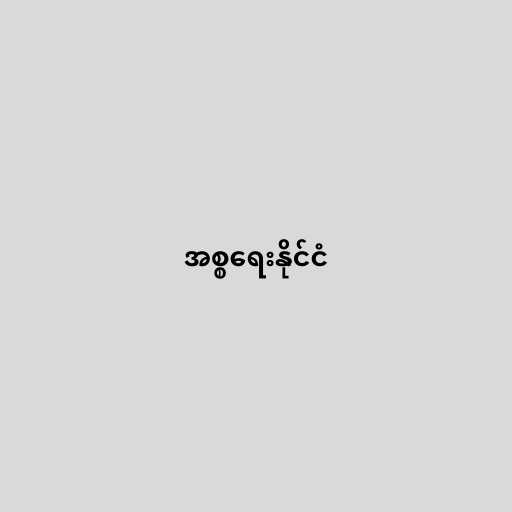
အစ္စရေးနိုင်ငံ